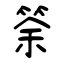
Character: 筡